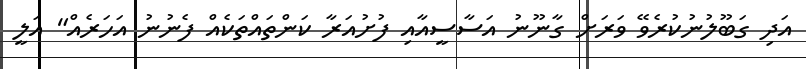
އަދި ގަބޫލުނުކުރެވޭ ވަރަށް ގާނޫނު އަސާސީއާއި ފުށުއަރާ ކަންތައްތަކެއް ފެނުނު އަހަރެއް" އަލީ